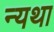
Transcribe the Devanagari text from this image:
न्यथा